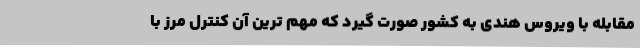
مقابله با ویروس هندی به کشور صورت گیرد که مهم ترین آن کنترل مرز با